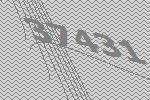
37431